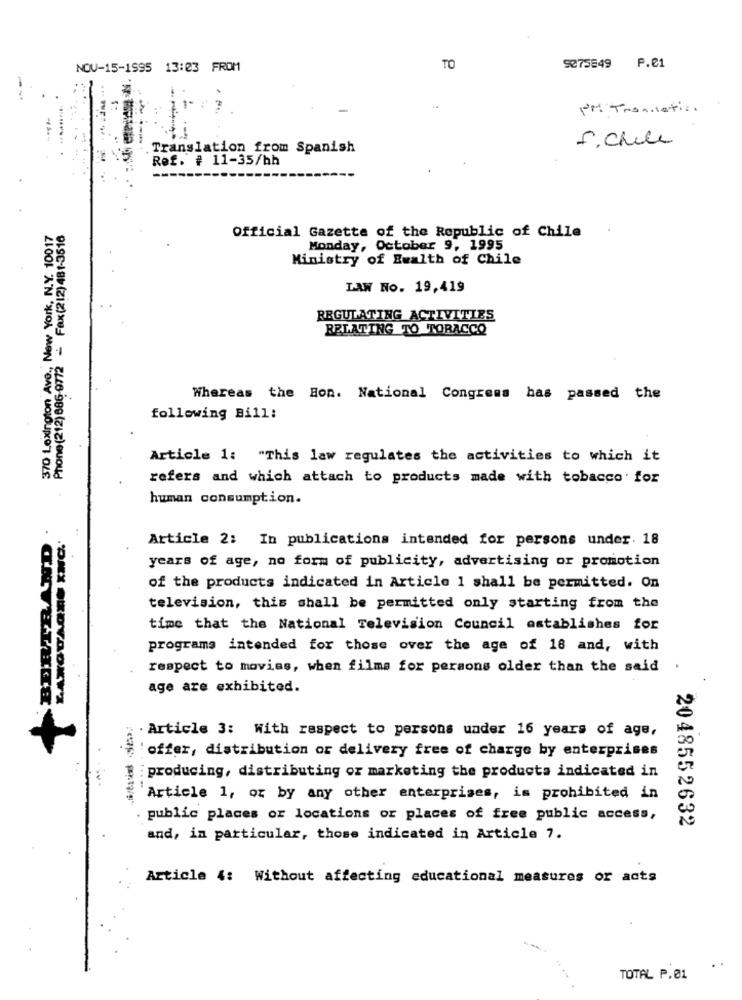
NOV-15-1995 13:23 FROM
TO
9275849 P.C1
-
I'M Translation.
f. chile
Translation from Spanish
Ref. # 11-35/hh
370 Lexington Ave ., New York, N.Y. 10017
Phone (212) 686-9772 - Fax(212) 481-3516
Official Gazette of the Republic of Chile
Monday, October 9, 1995
Ministry of Ewalth of Chile
LAW No. 19,419
REGULATING ACTIVITIES
RELATING TO TORACCO
Whereas the Hon. National Congress has passed the
following Bill:
Article 1: "This law regulates the activities to which it
refers and which attach to products made with tobacco' for
human consumption.
Article 2: In publications intended for persons under. 18
years of age, no form of publicity, advertising or promotion
of the products indicated in Article 1 shall be permitted. On
television, this shall be permitted only starting from the
time that the National Television Council establishes for
programs intended for those over the age of 18 and, with
respect to movies, when films for persons older than the said .
age are exhibited.
. Article 3: With respect to persons under 16 years of age,
'offer, distribution or delivery free of charge by enterprises
:producing, distributing or marketing the products indicated in
Article 1, or by any other enterprises, is prohibited in
public places or locations or places of free public access,
2048552632
and, in particular, those indicated in Article 7.
Article 4: Without affecting educational measures or acts
TOTAL P.01